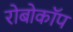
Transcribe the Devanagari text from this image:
रोबोकाॅप